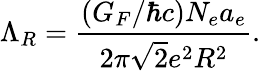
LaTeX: \Lambda_{R}=\frac{(G_{F}/\hbar c)N_{e}a_{e}}{2\pi\sqrt{2}e^{2}R^{2}}.